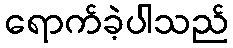
ရောက်ခဲ့ပါသည်